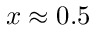
x \approx 0 . 5